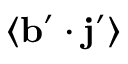
\langle { { \bf { b } } ^ { \prime } \cdot { \bf { j } } ^ { \prime } } \rangle